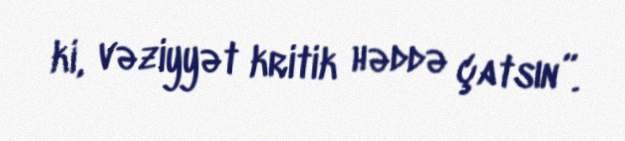
ki, vəziyyət kritik həddə çatsın”.